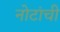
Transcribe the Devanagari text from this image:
नोटांची